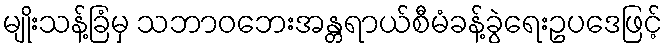
မျိုးသန့်ခြံမှ သဘာဝဘေးအန္တရာယ်စီမံခန့်ခွဲရေးဥပဒေဖြင့်